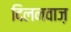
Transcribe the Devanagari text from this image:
दिलनवाज़